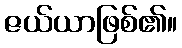
ဇယ်ယာဖြစ်၏။